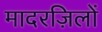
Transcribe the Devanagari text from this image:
मादरज़िलों